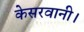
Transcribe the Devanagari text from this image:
केसरवानी।